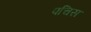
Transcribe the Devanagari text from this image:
पचिस